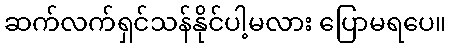
ဆက်လက်ရှင်သန်နိုင်ပါ့မလား ပြောမရပေ။